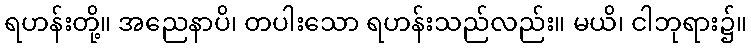
ရဟန်းတို့။ အညေနာပိ၊ တပါးသော ရဟန်းသည်လည်း။ မယိ၊ ငါဘုရား၌။